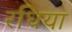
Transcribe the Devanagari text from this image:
रधिया